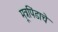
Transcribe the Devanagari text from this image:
मूत्रपिंडाचे